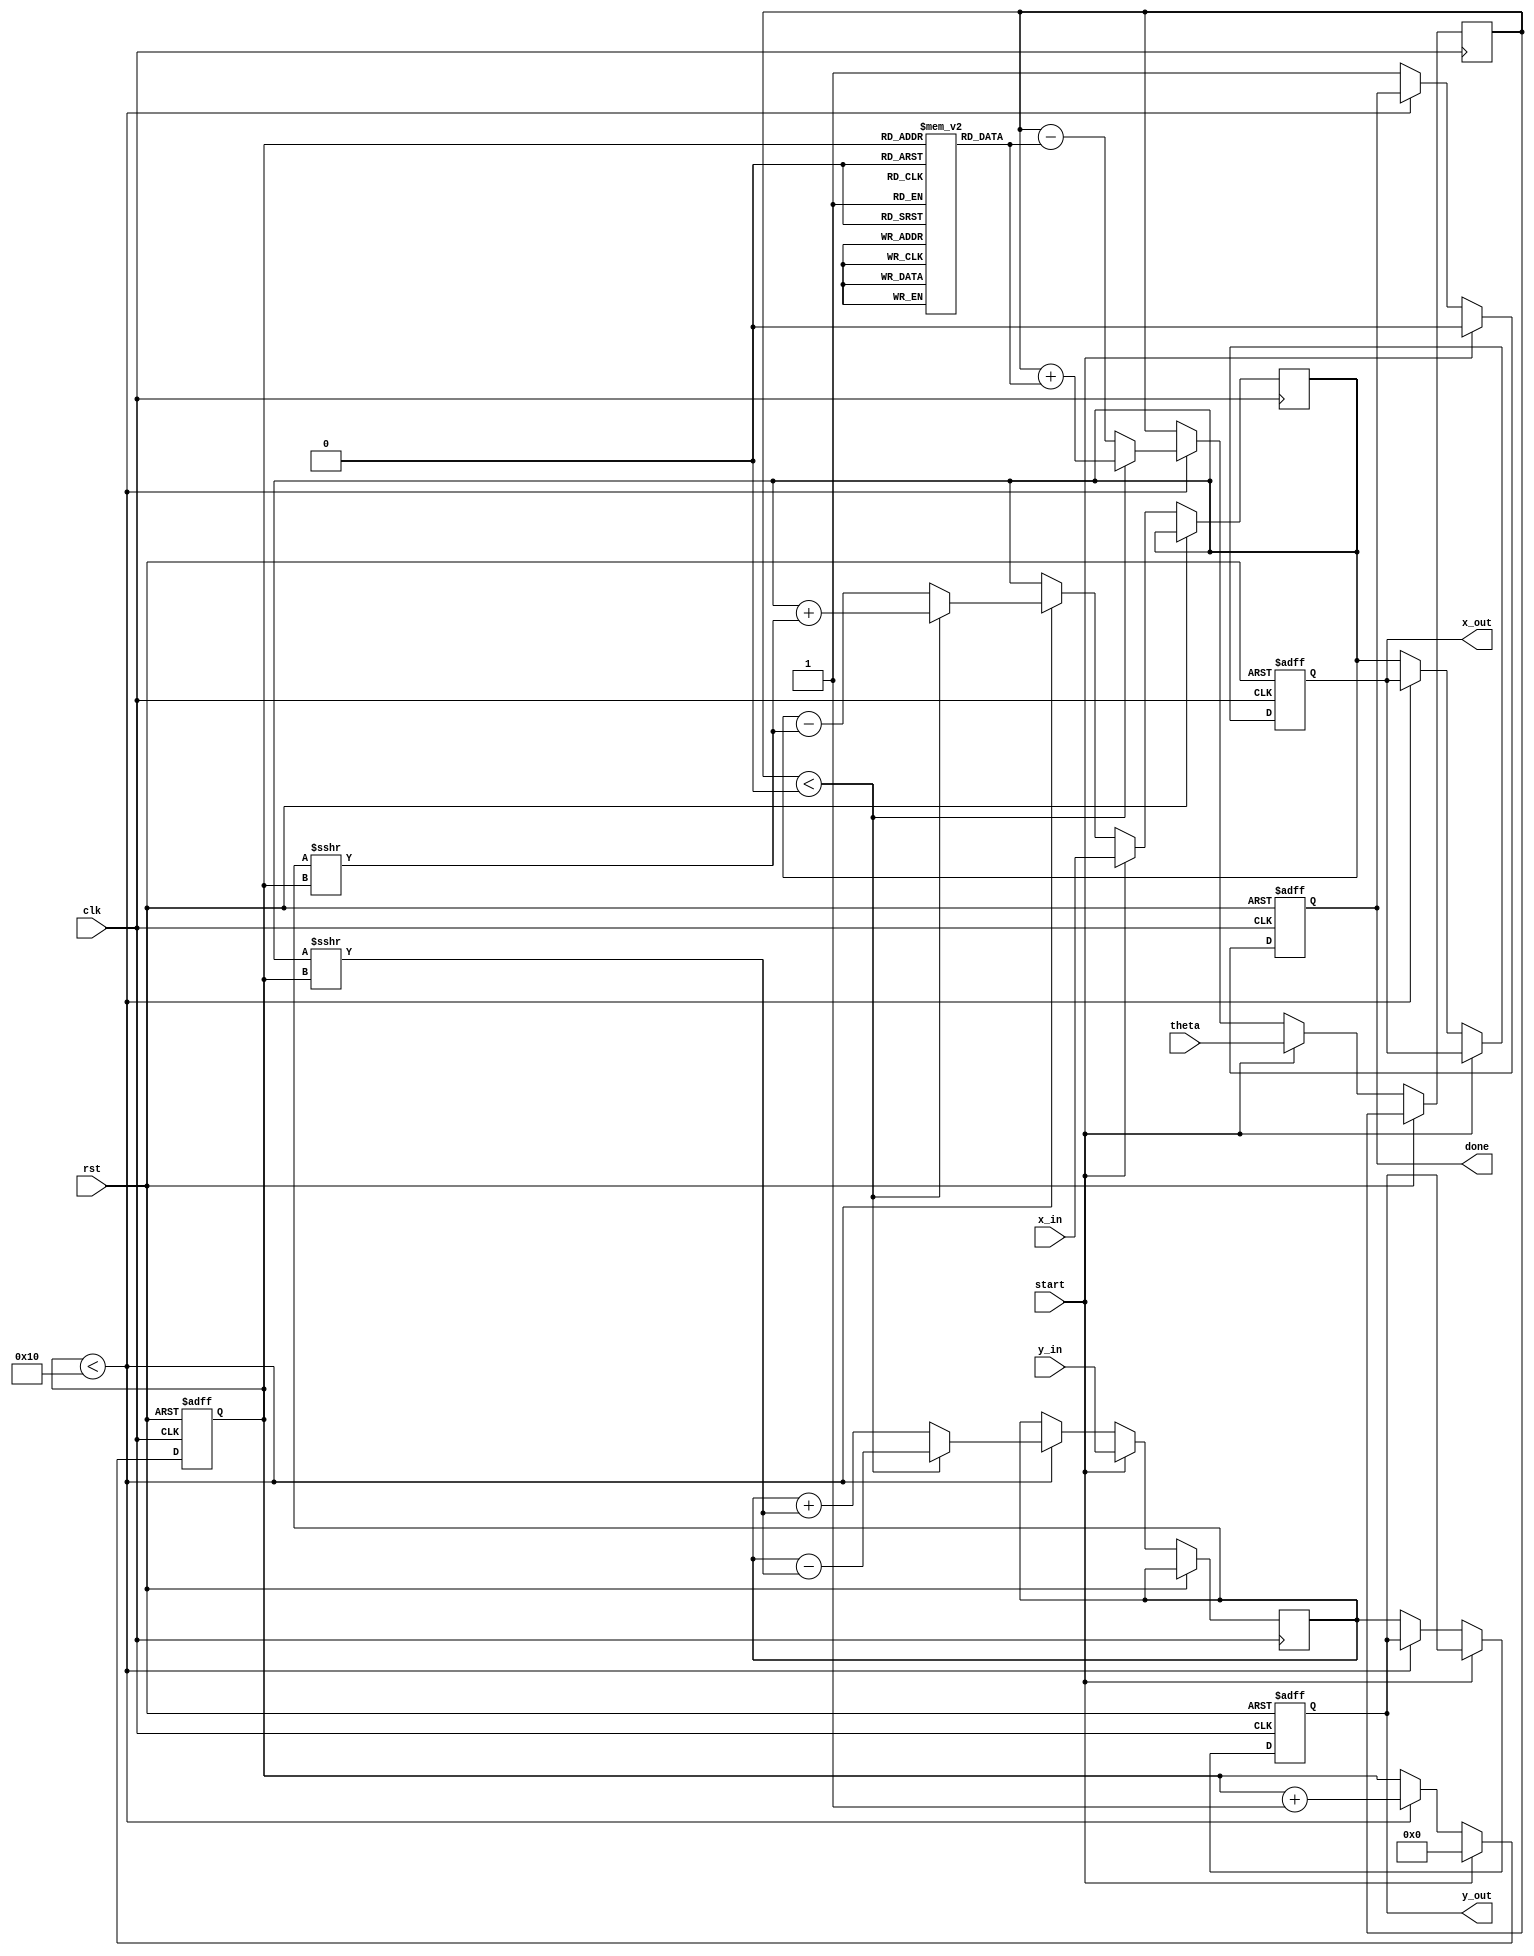
module cordic_rotational #(
    parameter WIDTH = 16, // Bit-width for fixed-point representation
    parameter ITERATIONS = 16 // Number of CORDIC iterations
)(
    input wire clk,
    input wire rst,
    input wire start,
    input wire signed [WIDTH-1:0] theta, // Angle input in fixed-point
    input wire signed [WIDTH-1:0] x_in, // X coordinate input
    input wire signed [WIDTH-1:0] y_in, // Y coordinate input
    output reg signed [WIDTH-1:0] x_out, // Rotated X output
    output reg signed [WIDTH-1:0] y_out, // Rotated Y output
    output reg done // Status flag indicating completion
);

    // CORDIC LUT for arctangent values (in fixed-point)
    reg signed [WIDTH-1:0] atan_table [0:ITERATIONS-1];
    initial begin
        // Precomputed arctangent values for CORDIC
        atan_table[0] = 16'h26DD; // atan(2^0)
        atan_table[1] = 16'h1C71; // atan(2^-1)
        atan_table[2] = 16'h14D5; // atan(2^-2)
        atan_table[3] = 16'h0FAD; // atan(2^-3)
        atan_table[4] = 16'h07E4; // atan(2^-4)
        atan_table[5] = 16'h03E0; // atan(2^-5)
        atan_table[6] = 16'h01FB; // atan(2^-6)
        atan_table[7] = 16'h00FF; // atan(2^-7)
        atan_table[8] = 16'h007F; // atan(2^-8)
        atan_table[9] = 16'h003F; // atan(2^-9)
        atan_table[10] = 16'h001F; // atan(2^-10)
        atan_table[11] = 16'h000F; // atan(2^-11)
        atan_table[12] = 16'h0007; // atan(2^-12)
        atan_table[13] = 16'h0003; // atan(2^-13)
        atan_table[14] = 16'h0001; // atan(2^-14)
        atan_table[15] = 16'h0000; // atan(2^-15)
    end

    reg [3:0] iteration; // Iteration counter
    reg signed [WIDTH-1:0] x, y; // Internal X and Y registers
    reg signed [WIDTH-1:0] z; // Angle accumulator

    always @(posedge clk or posedge rst) begin
        if (rst) begin
            x_out <= 0;
            y_out <= 0;
            done <= 0;
            iteration <= 0;
        end else if (start) begin
            // Initialize inputs
            x <= x_in;
            y <= y_in;
            z <= theta;
            iteration <= 0;
            done <= 0;
        end else if (iteration < ITERATIONS) begin
            // CORDIC rotation
            if (z < 0) begin
                // Rotate clockwise
                x <= x + (y >>> iteration);
                y <= y - (x >>> iteration);
                z <= z + atan_table[iteration];
            end else begin
                // Rotate counter-clockwise
                x <= x - (y >>> iteration);
                y <= y + (x >>> iteration);
                z <= z - atan_table[iteration];
            end
            iteration <= iteration + 1;
        end else begin
            // Output results and set done flag
            x_out <= x;
            y_out <= y;
            done <= 1;
        end
    end

endmodule